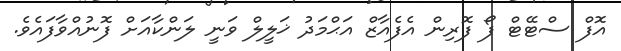
އޮފް ސްޓޭޓް ފޯ ފޮރިން އެފެއާޒް އަޙްމަދު ޚަލީލް ވަނީ ލަންކާއަށް ފޮނުއްވާފައެވެ.